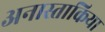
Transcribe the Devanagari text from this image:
अनास्ताकिया